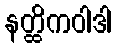
နတ္ထိကဝါဒါ